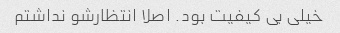
خیلی بی کیفیت بود. اصلا انتظارشو نداشتم